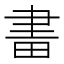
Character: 𤱪